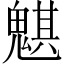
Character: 魌